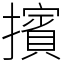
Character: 擯